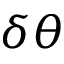
\delta { \theta }